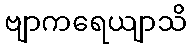
ဗျာကရေယျာသိ